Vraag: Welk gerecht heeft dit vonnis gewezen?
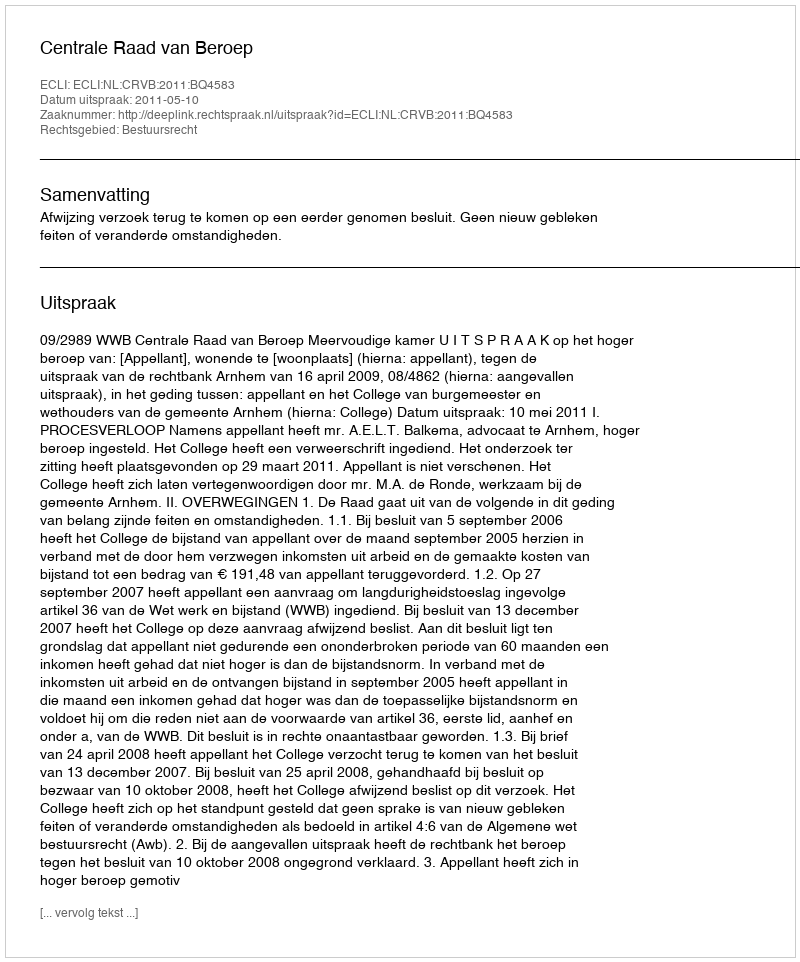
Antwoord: Centrale Raad van Beroep